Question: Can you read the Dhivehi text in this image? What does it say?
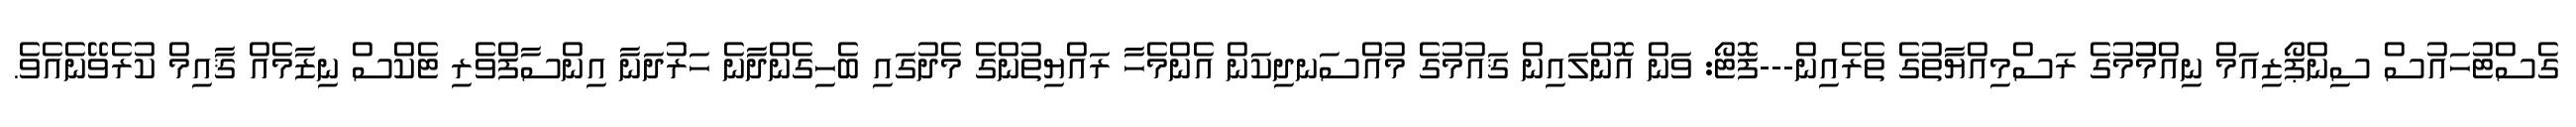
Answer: ގެސްޓުހައުސް ސިންޕޯޒިއަމް ނިއްމުުމުގެ ރަސްމިއްޔާތުގެ ތެރެއިން---ފޮޓޯ: ވަން އޮންލައިން ޤައުމުގެ މުއްސަނދިކަން އެންމެހާ ރައްޔިތުންގެ މެދުގައި ބެހިގެންދާނެ ހަރުދަނާ އިންސާފްވެރި ޓެކްސް ނިޒާމެއް ޤާއިމް ކުރެވޭނެއެވެ.